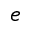
e